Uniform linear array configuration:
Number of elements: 64
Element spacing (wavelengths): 0.75
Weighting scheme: hann
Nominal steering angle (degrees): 0
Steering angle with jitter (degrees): -1.672
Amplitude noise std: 0.05
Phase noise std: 0.05

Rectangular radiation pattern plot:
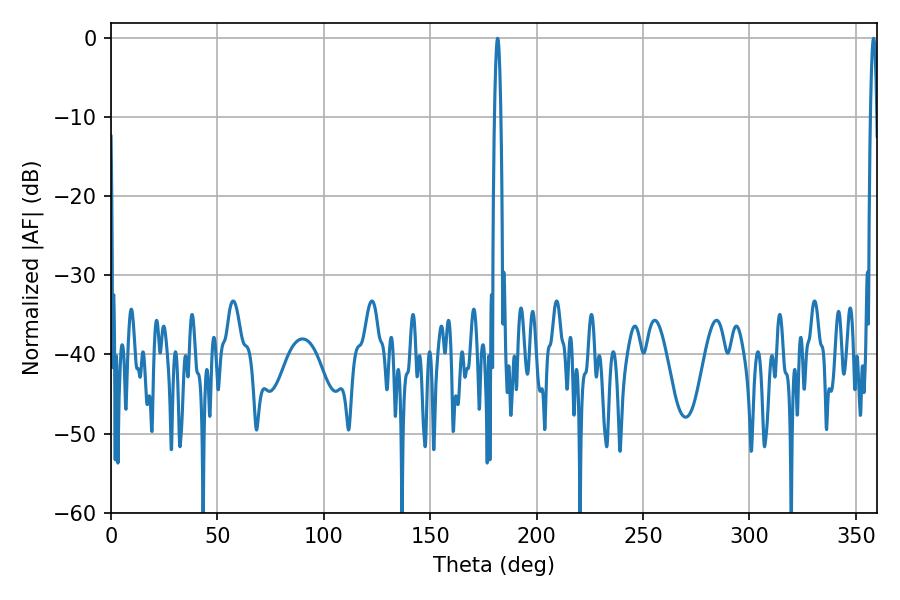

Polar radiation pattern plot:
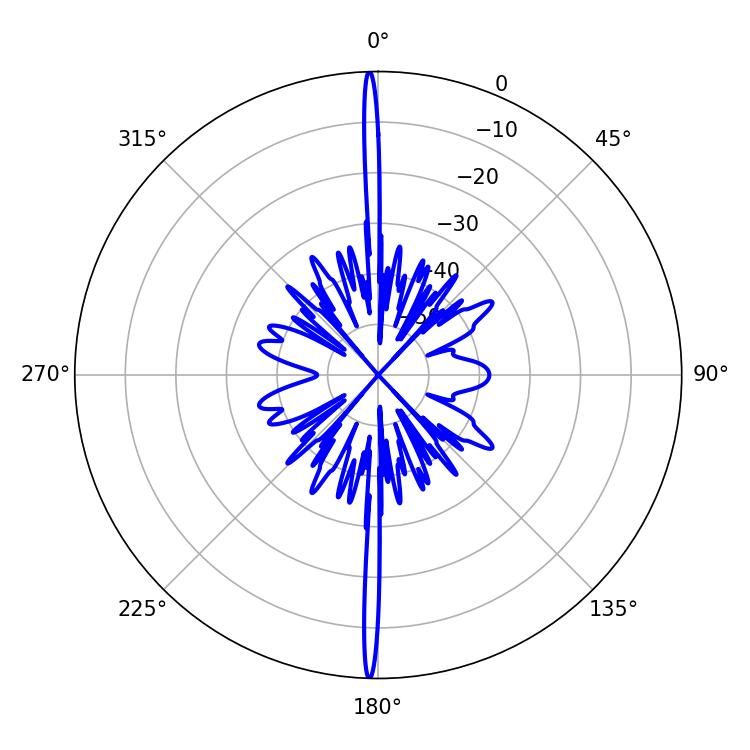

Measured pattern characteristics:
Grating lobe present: TRUE
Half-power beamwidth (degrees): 1.62
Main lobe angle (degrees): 358.38